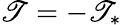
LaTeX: \mathscr{T}=-\mathscr{T}_{*}